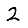
Digit: 2